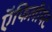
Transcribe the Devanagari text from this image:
ऍफिलीयेट